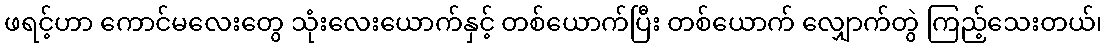
ဖရင့်ဟာ ကောင်မလေးတွေ သုံးလေးယောက်နှင့် တစ်ယောက်ပြီး တစ်ယောက် လျှောက်တွဲ ကြည့်သေးတယ်၊